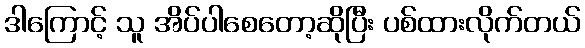
ဒါကြောင့် သူ အိပ်ပါစေတော့ဆိုပြီး ပစ်ထားလိုက်တယ်